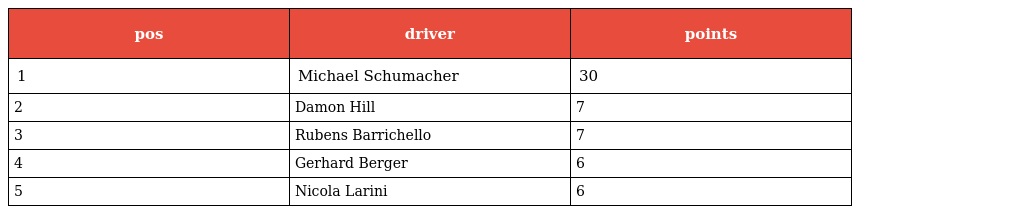
| pos | driver | points |
 | --- | --- | --- |
 | 1 | Michael Schumacher | 30 |
 | 2 | Damon Hill | 7 |
 | 3 | Rubens Barrichello | 7 |
 | 4 | Gerhard Berger | 6 |
 | 5 | Nicola Larini | 6 |